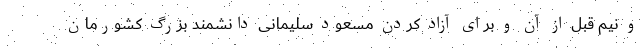
و نیم قبل از آن و برای آزاد کردن مسعود سلیمانی دانشمند بزرگ کشورمان